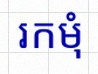
រកមុំ